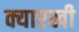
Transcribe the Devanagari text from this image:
क्यारखी